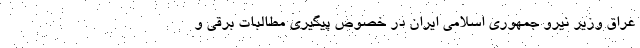
عراق وزیر نیرو جمهوری اسلامی ایران در خصوص پیگیری مطالبات برقی و